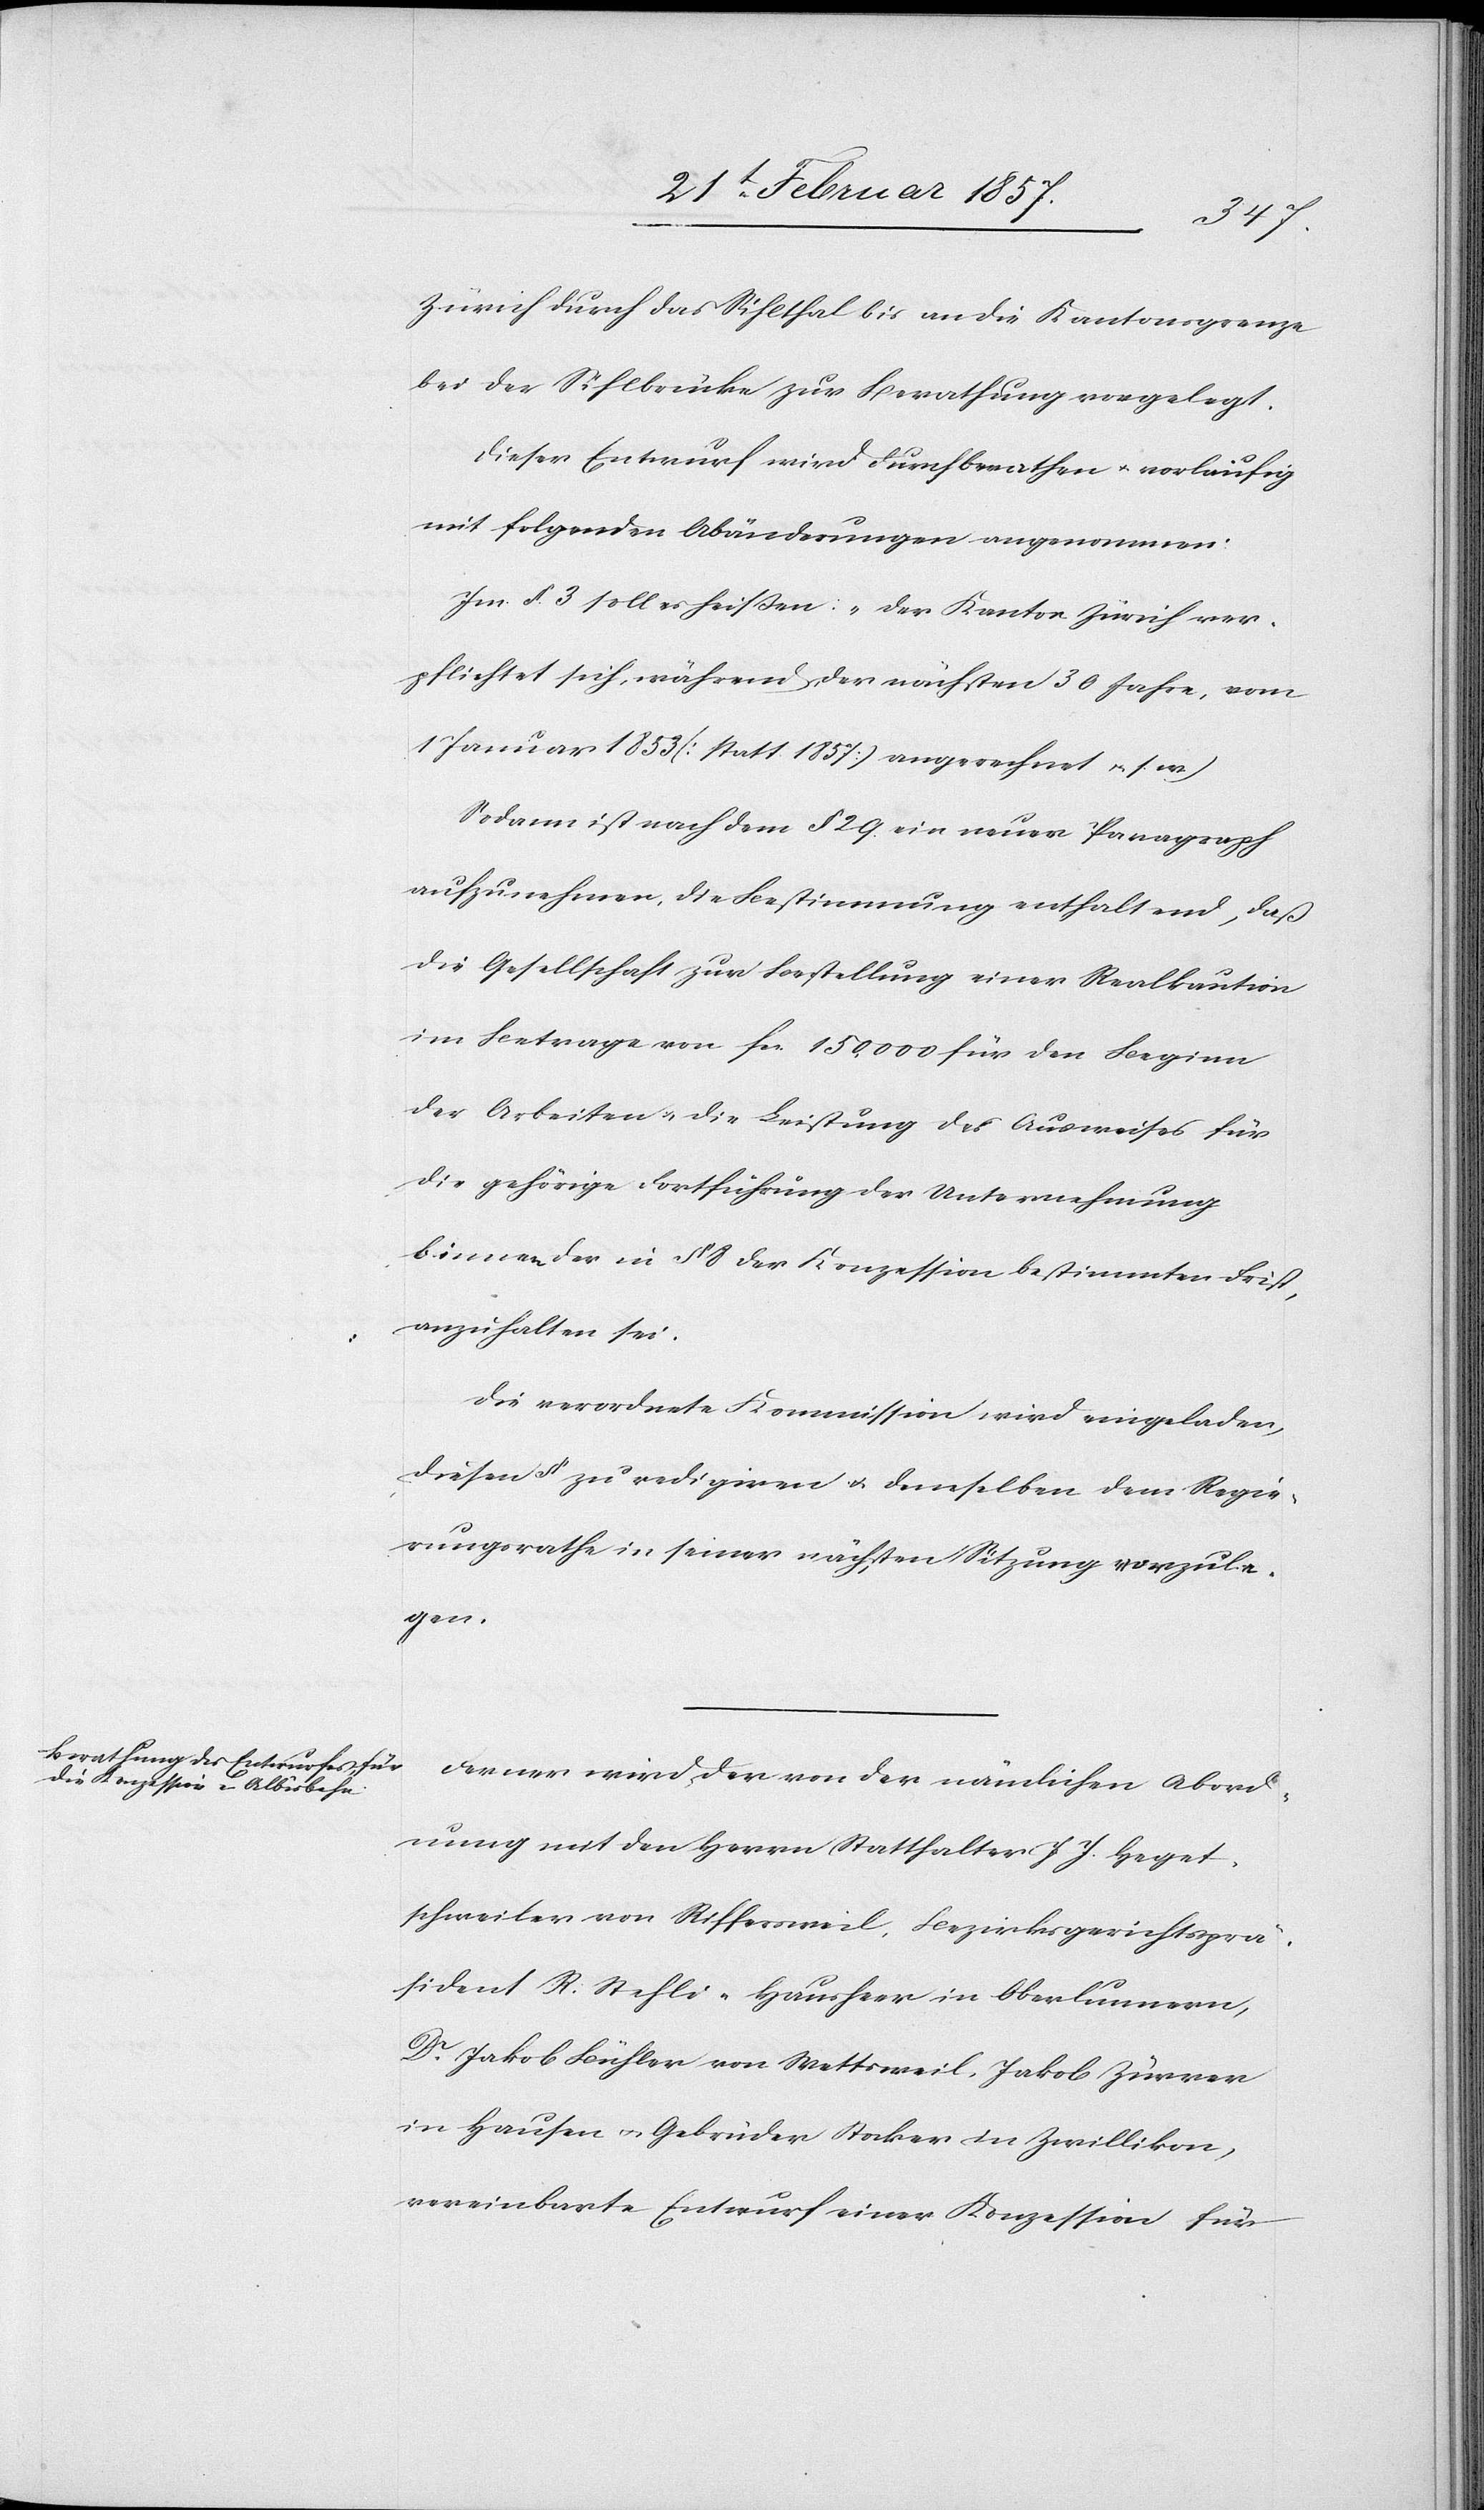
Zürich durch das Sihlthal bis an die Kantonsgrenze
bei der Sihlbrücke zur Berathung vorgelegt.
Dieser Entwurf wird durchberathen u. vorläufig
mit folgenden Abänderungen angenommen.
Im § 3 soll es heißen: „Der Kanton Zürich ver¬
pflichtet sich, während der nächsten 30 Jahre, vom
1 Januar 1853 [statt 1857] angerechnet u. s. w.)
Sodann ist nach dem § 29. ein neuer Paragraph
aufzunehmen, die Bestimmung enthaltend, daß
die Gesellschaft zur Bestellung einer Realkaution
im Betrage von fr. 150,000 für den Beginn
der Arbeiten u. die Leistung des Ausweises für
die gehörige Fortführung der Unternehmung
binnen der in § 8 der Konzession bestimmten Frist,
anzuhalten sei.
Die verordnete Kommission wird eingeladen,
diesen § zu redigiren u. demselben dem Regie¬
rungsrathe in seiner nächsten Sitzung vorzule¬
gen.
Ferner wird der von der nämlichen Abord¬
nung mit den Herrn Statthalter J. J. Heget¬
schweiler von Riffersweil, Bezirksgerichtsprä¬
sident R. Stehli-Hausheer in Oberlunnern,
Dr Jakob Bühler von Wettsweil, Jakob Zürrer
in Hausen u. Gebrüder Stocker in Zwillikon,
vereinbarte Entwurf einer Konzession für